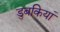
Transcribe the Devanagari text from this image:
डुबकियां